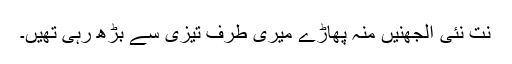
نت نئی الجھنیں منہ پھاڑے میری طرف تیزی سے بڑھ رہی تھیں۔